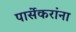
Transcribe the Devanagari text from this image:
पार्सेकरांना